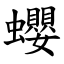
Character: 蠳